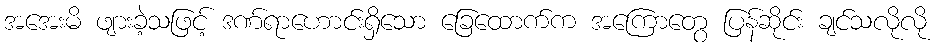
အအေးမိ ဖျားခဲ့သဖြင့် ဒဏ်ရာဟောင်းရှိသော ခြေထောက်က အကြောတွေ ပြန်ဆိုင်း ချင်သလိုလို